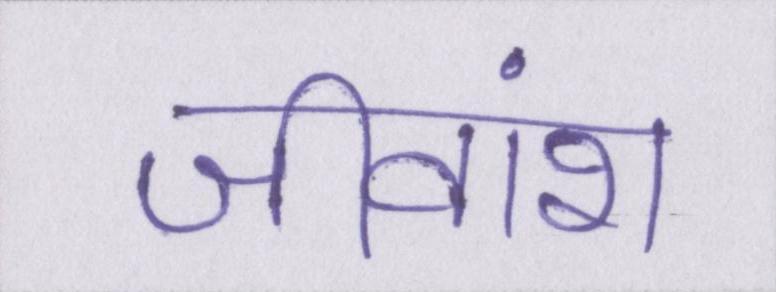
जीवांश